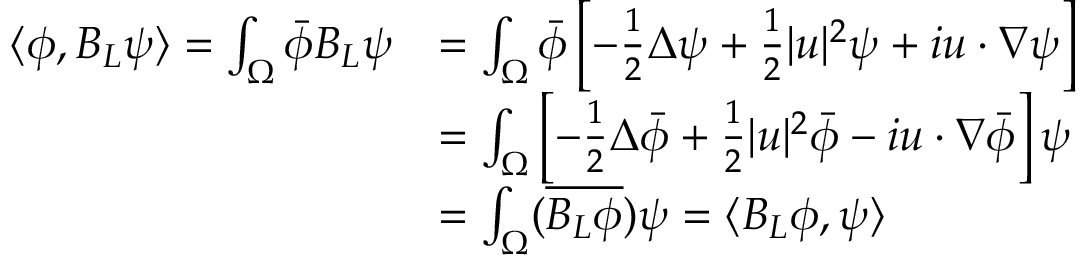
\begin{array} { r l } { \langle \phi , B _ { L } \psi \rangle = \int _ { \Omega } \Bar { \phi } B _ { L } \psi } & { = \int _ { \Omega } \Bar { \phi } \left[ - \frac { 1 } { 2 } \Delta \psi + \frac { 1 } { 2 } \lvert u \rvert ^ { 2 } \psi + i u \cdot \nabla \psi \right] } \\ & { = \int _ { \Omega } \left[ - \frac { 1 } { 2 } \Delta \Bar { \phi } + \frac { 1 } { 2 } \lvert u \rvert ^ { 2 } \Bar { \phi } - i u \cdot \nabla \Bar { \phi } \right] \psi } \\ & { = \int _ { \Omega } ( \overline { { B _ { L } \phi } } ) \psi = \langle B _ { L } \phi , \psi \rangle } \end{array}